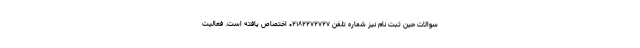
سوالات حین ثبت نام نیز شماره تلفن ۰۲۱۸۲۲۷۲۷۲۷ اختصاص یافته است. فعالیت